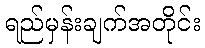
ရည်မှန်းချက်အတိုင်း